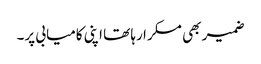
ضمیر بھی مسکرا رہا تھا اپنی کامیابی پر۔